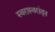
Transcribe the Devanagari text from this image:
स्वरास्वरांतून